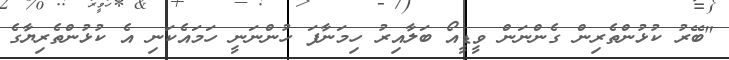
"ބޭރު ކުޅުންތެރިން ގެންނަން ވީޑީއޯ ބަލާއިރު ހިމަނާފަ ހުންނަނީ ހަމައެކަނި އެ ކުޅުންތެރިޔާގެ